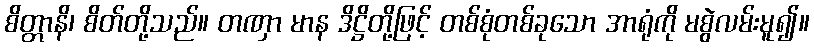
စိတ္တာနိ၊ စိတ်တို့သည်။ တဏှာ မာန ဒိဋ္ဌိတို့ဖြင့် တစ်စုံတစ်ခုသော အာရုံကို မစွဲလမ်းမူ၍။